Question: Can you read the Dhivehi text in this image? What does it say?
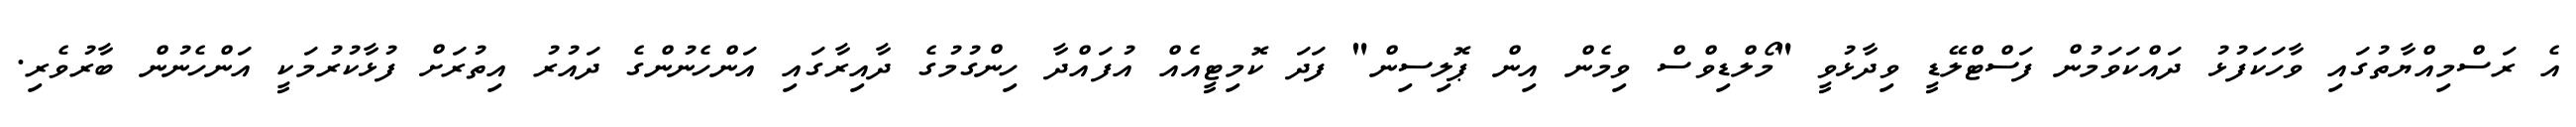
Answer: އެ ރަސްމިއްޔާތުގައި ވާހަކަފުޅު ދައްކަވަމުން ފަސްޓްލޭޑީ ވިދާޅުވީ "މޯލްޑިވްސް ވިމެން އިން ޕޮލިސިން" ފަދަ ކޮމިޓީއެއް އުފައްދާ ހިންގުމުގެ ދާއިރާގައި އަންހެނުންގެ ދައުރު އިތުރަށް ފުޅާކުރުމަކީ އަންހެނުން ބާރުވެރި.